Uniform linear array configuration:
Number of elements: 48
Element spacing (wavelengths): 0.5
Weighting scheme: binomial
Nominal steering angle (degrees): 45
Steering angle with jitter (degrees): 43.307
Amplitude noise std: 0.05
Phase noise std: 0.05

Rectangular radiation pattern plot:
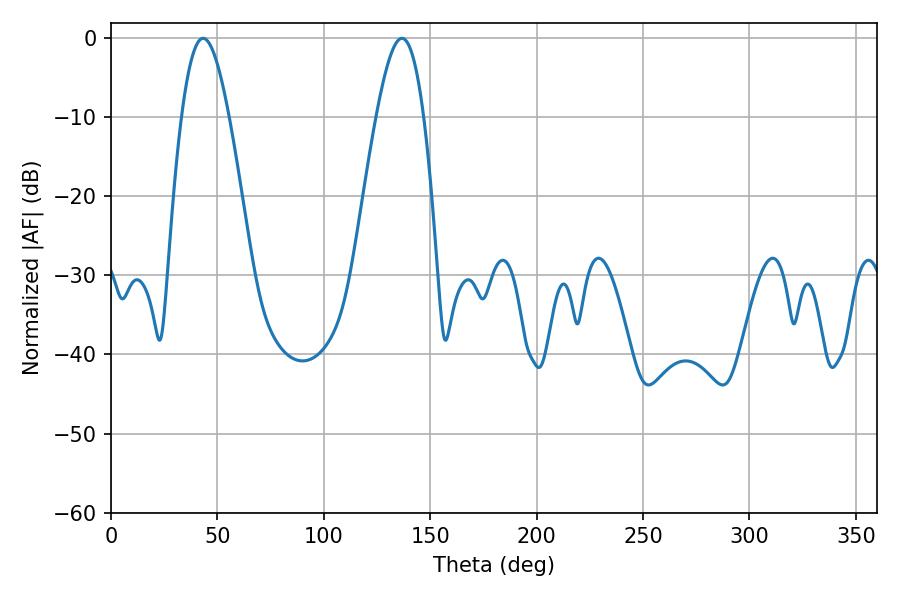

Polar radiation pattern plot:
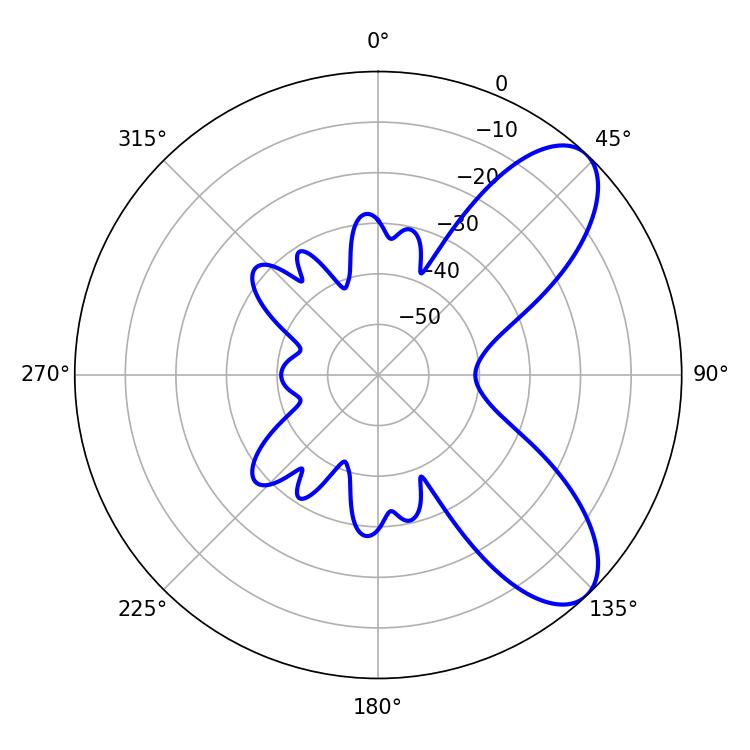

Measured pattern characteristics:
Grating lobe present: FALSE
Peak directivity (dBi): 8.032
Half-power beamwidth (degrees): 12.06
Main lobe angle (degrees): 43.2